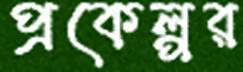
প্রকেল্পর